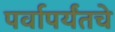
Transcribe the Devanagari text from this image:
पर्वापर्यंतचे